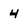
Character: 4